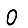
Digit: 0